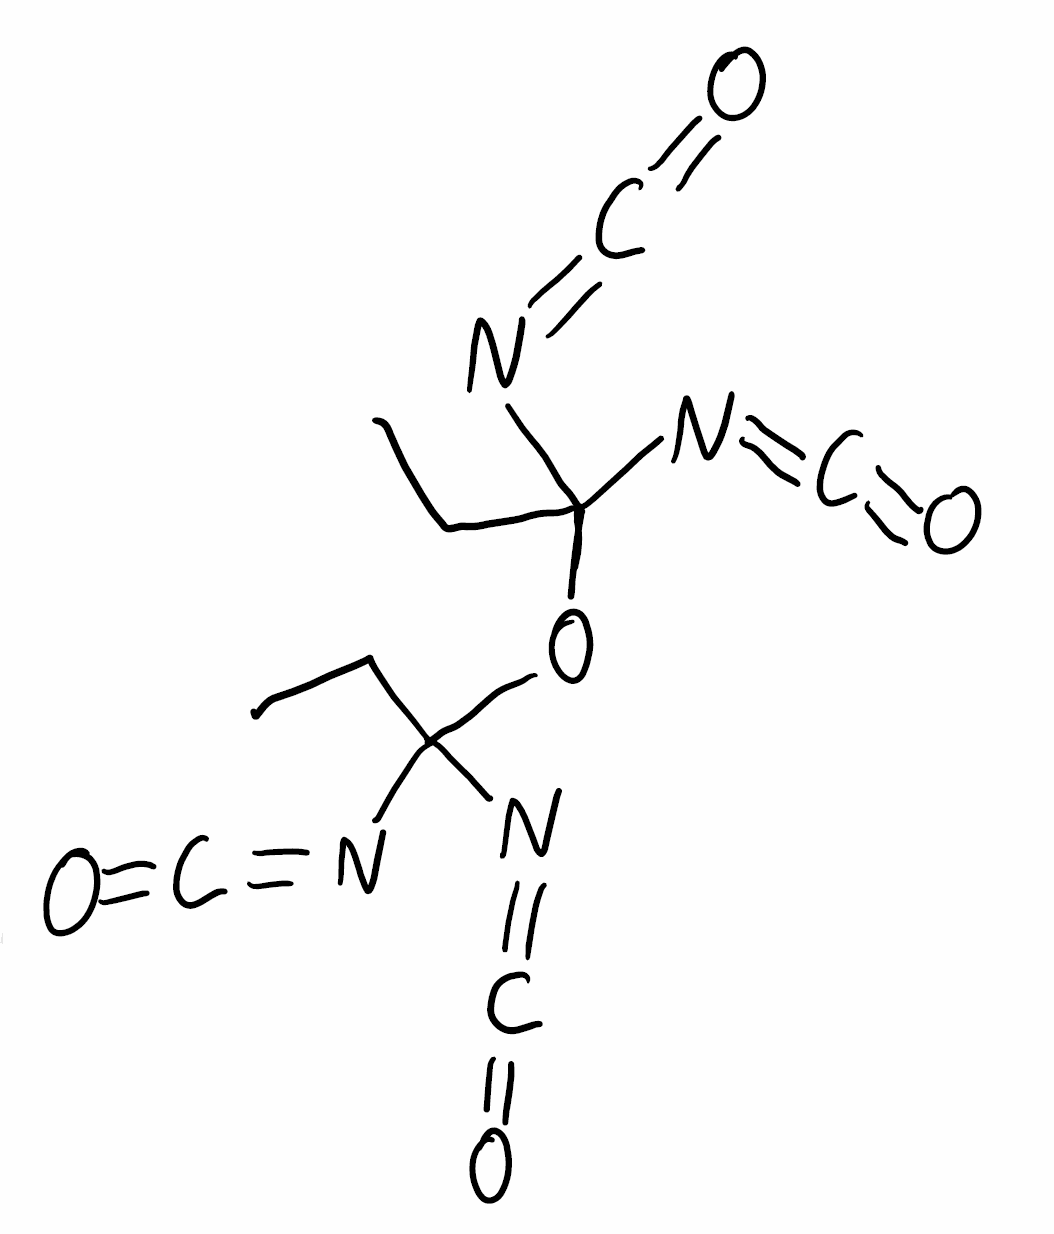
Simplified molecular-input line-entry system (SMILES) notation of the given molecule:
CCC(N=C=O)(N=C=O)OC(CC)(N=C=O)N=C=O